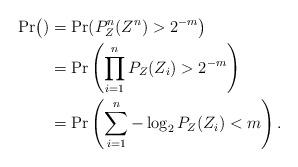
LaTeX: \begin{align*}\Pr\bigl()&=\Pr(P_Z^n(Z^n)>2^{-m}\bigr)\\&=\Pr\left(\prod_{i=1}^n P_Z(Z_i)>2^{-m}\right)\\&=\Pr\left(\sum_{i=1}^n -\log_2 P_Z(Z_i)<m\right).\end{align*}